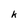
Character: k